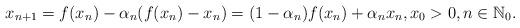
LaTeX: \begin{align*}x_{n+1}=f(x_n)- \alpha_n (f(x_n)-x_n)= (1-\alpha_n)f(x_n)+ \alpha_n x_n, x_0>0, n\in {\mathbb N}_0.\end{align*}